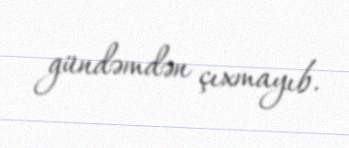
gündəmdən çıxmayıb.